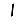
Digit: 1